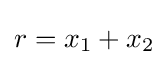
r=x_{1}+x_{2}